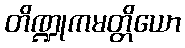
တိဏ္ဍုကမတ္တိယော